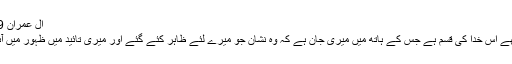
ال عمران 49)
مجھے اُس خدا کی قسم ہے جس کے ہاتھ میں میری جان ہے کہ وہ نشان جو میرے لئے ظاہر کئے گئے اور میری تائید میں ظہور میں آئے۔